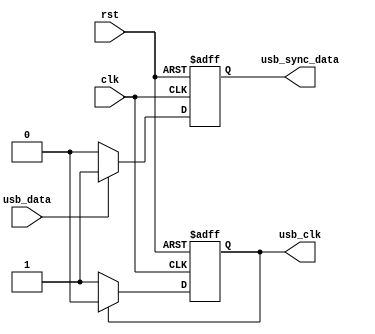
module usb_controller(
    input wire clk,
    input wire rst,
    input wire usb_data,
    output reg usb_sync_data,
    output reg usb_clk
);

// Timing control module
always @(posedge clk or posedge rst) begin
    if (rst) begin
        usb_sync_data <= 1'b0;
        usb_clk <= 1'b0;
    end else begin
        // Synchronization block
        if (usb_data) begin
            usb_sync_data <= 1'b1;
        end else begin
            usb_sync_data <= 1'b0;
        end
        // Clock generation block
        if (usb_clk) begin
            usb_clk <= 1'b0;
        end else begin
            usb_clk <= 1'b1;
        end
    end
end

endmodule